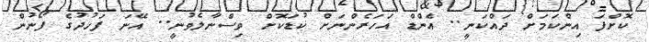
ކޮށްފަ އިންކަމަށް ދައްކަނީ.. އެންޑް އަހަރެންނަށް ކުޑަކޮށް ވިސްނާލެވުނީ.. އޭނަ ފަހުދުގެ ފޯނުން